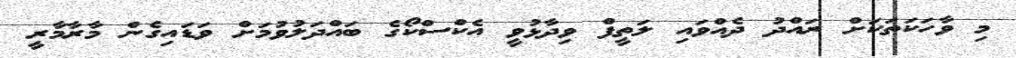
މި ވާހަކަތަކަށް ރައްދު ދެއްވައި ލަތީފް ވިދާޅުވީ އެކްސްކޯގެ ބައްދަލުވުމަށް ވަޑައިގެން މާރާމާރީ